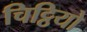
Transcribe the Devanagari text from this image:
चिट्ठियो